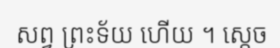
សព្វ ព្រះទ័យ ហើយ ។ ស្តេច